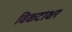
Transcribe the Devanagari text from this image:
विकटाक्षर